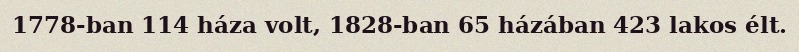
1778-ban 114 háza volt, 1828-ban 65 házában 423 lakos élt.